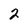
Character: 2